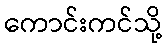
ကောင်းကင်သို့